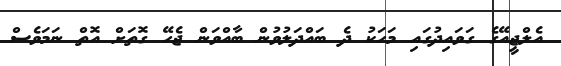
އެލްޖީއޭގެ ގަވައިދުގައި މަހަކު ދެ ބައްދަލުވުން ބާއްވަން ޖެހޭ ގޮތަށް އޮތް ނަމަވެސް